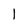
Character: l